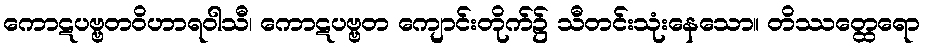
ကောဋပဗ္ဗတဝိဟာရဝါသီ၊ ကောဋပဗ္ဗတ ကျောင်းတိုက်၌ သီတင်းသုံးနေသော။ တိဿတ္ထေရော